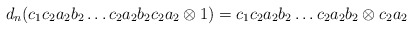
\begin{align*}d_n(c_1c_2a_2b_2 \dots c_2a_2b_2c_2a_2 \otimes 1) = c_1c_2a_2b_2 \dots c_2a_2b_2 \otimes c_2a_2\end{align*}